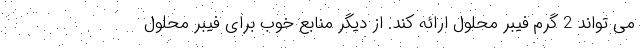
می تواند 2 گرم فیبر محلول ارائه کند. از دیگر منابع خوب برای فیبر محلول